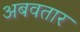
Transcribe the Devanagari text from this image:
अबवतार